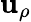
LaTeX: \mathbf{u}_{\rho}